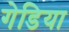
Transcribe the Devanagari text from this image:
गेडिया